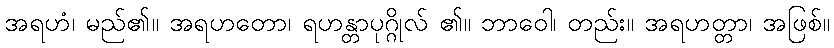
အရဟံ၊ မည်၏။ အရဟတော၊ ရဟန္တာပုဂ္ဂိုလ် ၏။ ဘာဝေါ၊ တည်း။ အရဟတ္တာ၊ အဖြစ်။